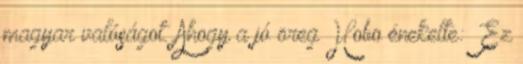
magyar valóságot. Ahogy a jó öreg Hobo énekelte: „Ez